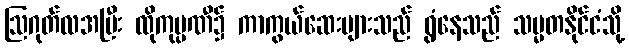
ဩဂုတ်လအပြီး ထိုကုမ္ပဏီ၌ ကာကွယ်ဆေးများသည် ရွံနေသည် သမ္မတနိုင်ငံသို့